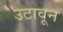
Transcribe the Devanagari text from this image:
उटावून